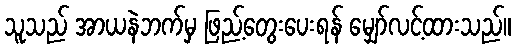
သူသည် အာယနဲဘက်မှ ဖြည့်တွေးပေးရန် မျှော်လင့်ထားသည်။